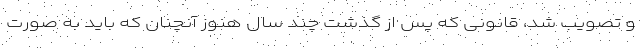
و تصویب شد، قانونی که پس از گذشت چند سال هنوز آنچنان که باید به صورت